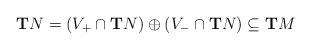
LaTeX: \begin{align*} \mathbf{T}N=(V_+\cap\mathbf{T}N)\oplus(V_-\cap\mathbf{T}N) \subseteq \mathbf{T}M\end{align*}